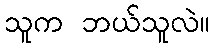
သူက ဘယ်သူလဲ။